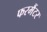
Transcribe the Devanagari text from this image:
फरमैंटर